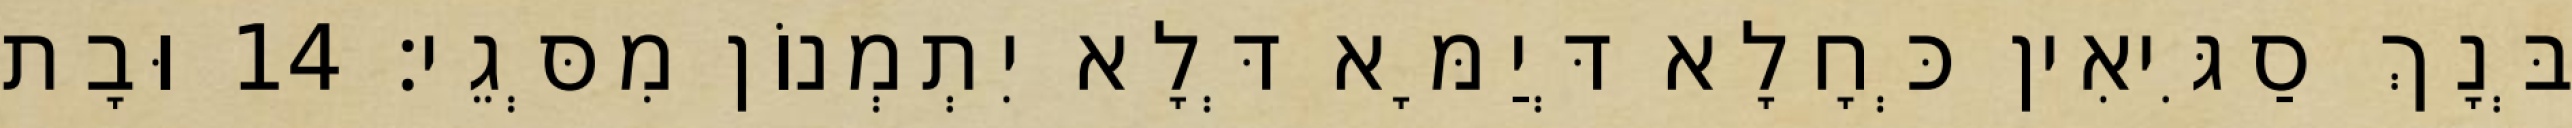
בְּנָךְ סַגִּיאִין כְּחָלָא דְּיַמָּא דְּלָא יִתְמְנוֹן מִסְּגֵי׃ 14 וּבָת